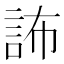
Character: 𧦞